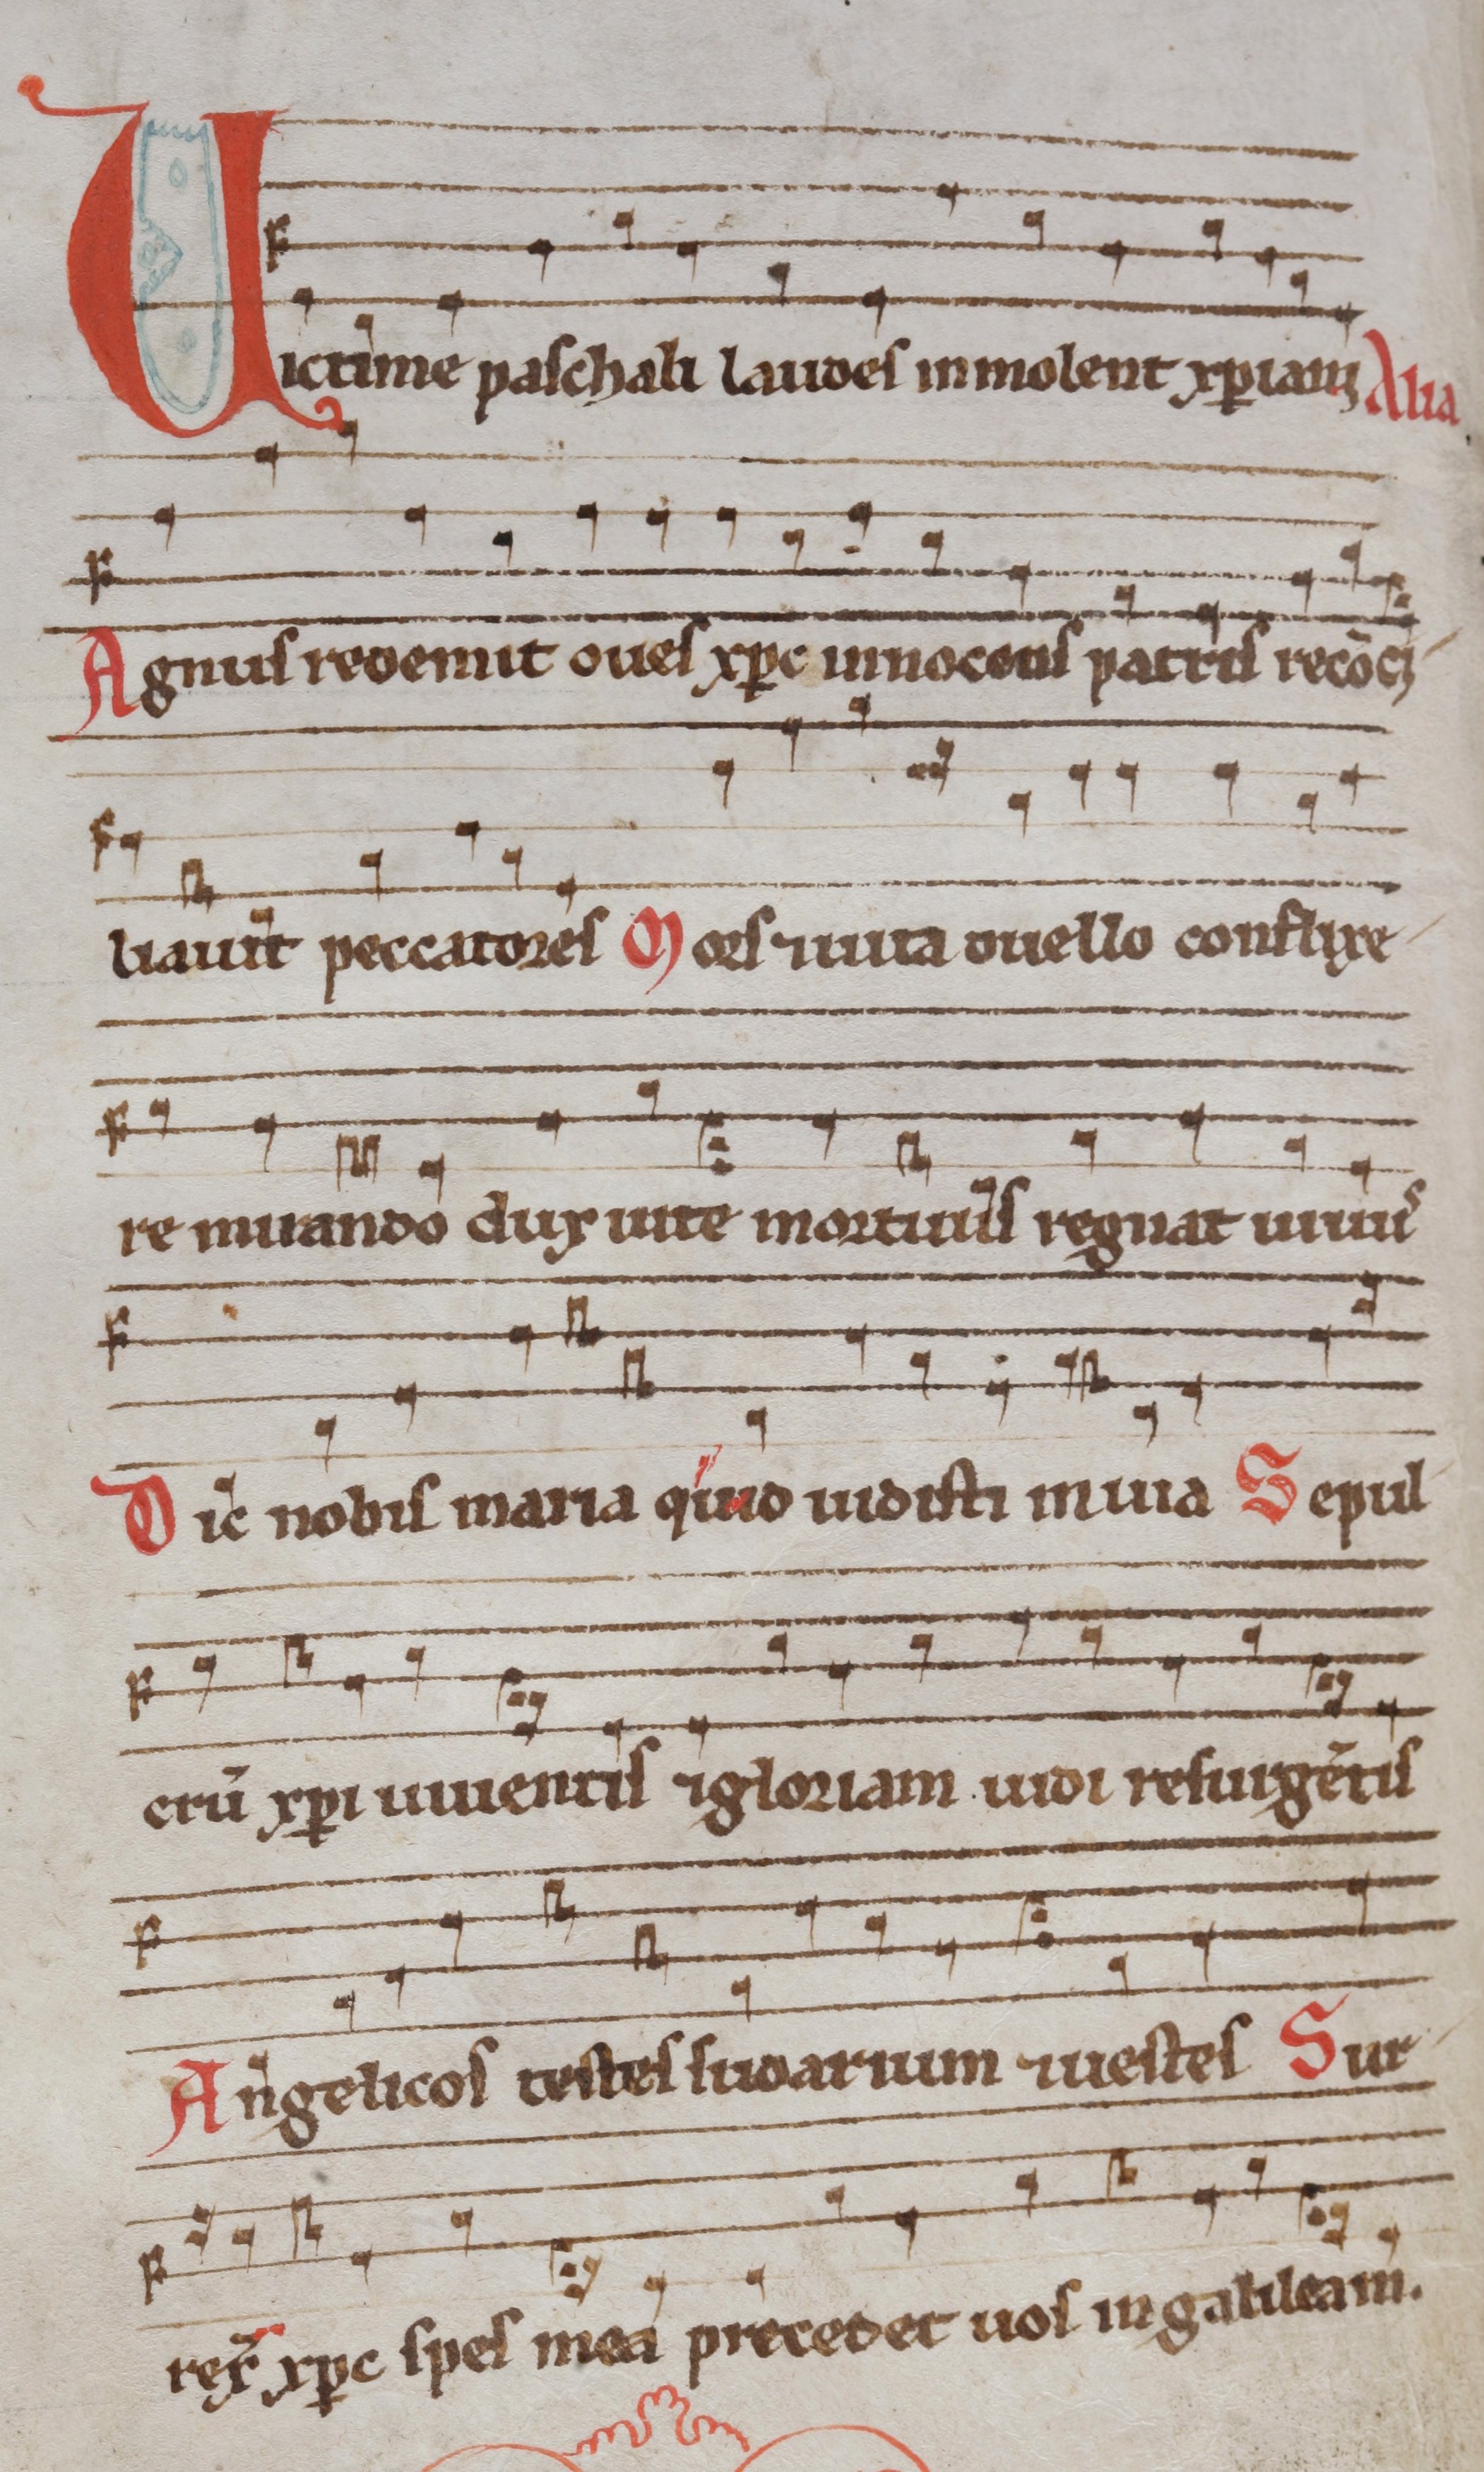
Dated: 1290–1309